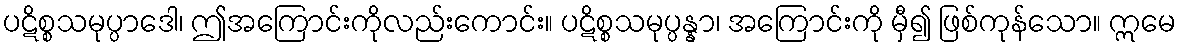
ပဋိစ္စသမုပ္ပာဒေါ၊ ဤအကြောင်းကိုလည်းကောင်း။ ပဋိစ္စသမုပ္ပန္နာ၊ အကြောင်းကို မှီ၍ ဖြစ်ကုန်သော။ ဣမေ